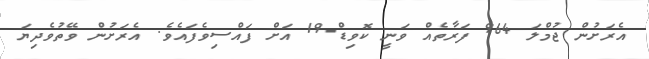
އެރަށުން ޖުމްލަ 964 ފަރާތެއް ވަނީ ކޮވިޑް-19 އަށް ފައްސިވެފައެވެ. އެރަށުން ވޭތުވެދިޔަ